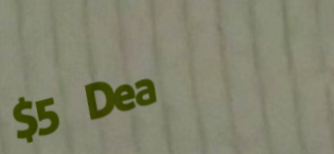
$5 Deal